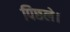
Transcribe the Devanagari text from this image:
पिछले।